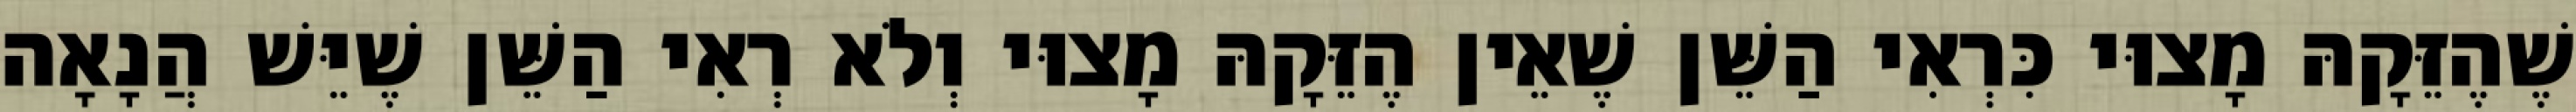
שֶׁהֶזֵּקָהּ מָצוּי כִּרְאִי הַשֵּׁן שֶׁאֵין הֶזֵּקָהּ מָצוּי וְלֹא רְאִי הַשֵּׁן שֶׁיֵּשׁ הֲנָאָה